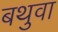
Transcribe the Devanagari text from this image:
बथुवा